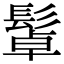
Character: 𩭟